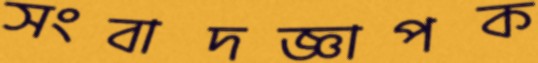
সংবাদজ্ঞাপক